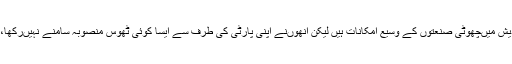
ایک مرکزی وزیر نے یہ ضرور کہا کہ اترپردیش میںچھوٹی صنعتوں کے وسیع امکانات ہیں لیکن انھوںنے اپنی پارٹی کی طرف سے ایسا کوئی ٹھوس منصوبہ سامنے نہیںرکھا، جو ان امکانات کو پختہ کرنے کی بات کہتا ہو۔